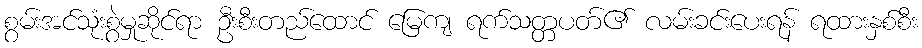
စွမ်းအင်သုံးစွဲမှုဆိုင်ရာ ဦးစီးတည်ထောင် မြေကျ ရက်သတ္တပတ်၏ လမ်းခင်းပေးရန် ရထားနှစ်စီး